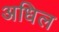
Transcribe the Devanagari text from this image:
अधिल